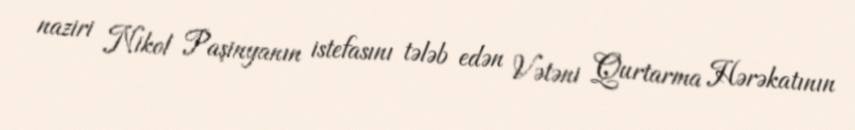
naziri Nikol Paşinyanın istefasını tələb edən Vətəni Qurtarma Hərəkatının